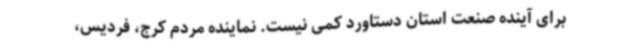
برای آینده صنعت استان دستاورد کمی نیست. نماینده مردم کرج، فردیس،